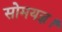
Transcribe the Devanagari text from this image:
सोमयज्ञ।